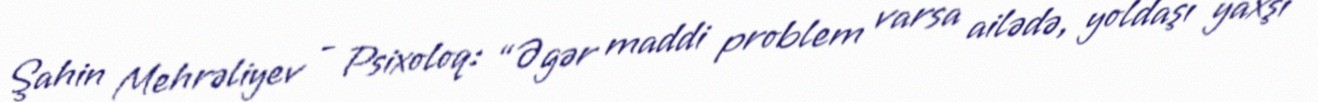
Şahin Mehrəliyev - Psixoloq: “Əgər maddi problem varsa ailədə, yoldaşı yaxşı